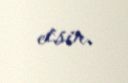
etsin.